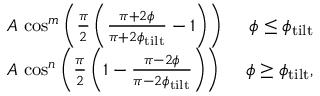
\begin{array} { r l r } & { A \, \cos ^ { m } \left( \frac { \pi } { 2 } \left( \frac { \pi + 2 \phi } { \pi + 2 \phi _ { \mathrm { t i l t } } } - 1 \right) \right) \; } & { \phi \leq \phi _ { \mathrm { t i l t } } } \\ & { A \, \cos ^ { n } \left( \frac { \pi } { 2 } \left( 1 - \frac { \pi - 2 \phi } { \pi - 2 \phi _ { \mathrm { t i l t } } } \right) \right) \; } & { \phi \geq \phi _ { \mathrm { t i l t } } , } \end{array}